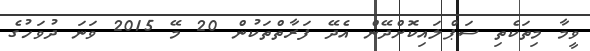
ވީމާ މިތަކެތި ސަޕްލައިކޮށްދޭން އެދޭ ފަރާތްތަކުން 20 މޭ 2015 ވަނަ ދުވަހުގެ